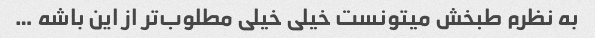
به نظرم طبخش میتونست خیلی خیلی مطلوب‌تر از این باشه …